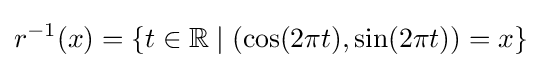
r^{-1}(x)=\{t\in \mathbb {R} \mid (\cos(2\pi t),\sin(2\pi t))=x\}